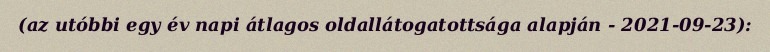
(az utóbbi egy év napi átlagos oldallátogatottsága alapján - 2021-09-23):